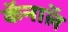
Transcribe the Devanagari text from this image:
कॅनाॅल